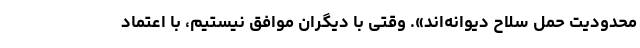
محدودیت حمل سلاح دیوانه‌اند». وقتی با دیگران موافق نیستیم، با اعتماد